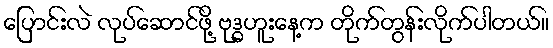
ပြောင်းလဲ လုပ်ဆောင်ဖို့ ဗုဒ္ဓဟူးနေ့က တိုက်တွန်းလိုက်ပါတယ်။